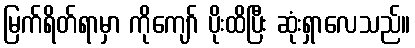
မြက်ရိတ်ရာမှာ ကိုကျော် ပိုးထိပြီး ဆုံးရှာလေသည်။